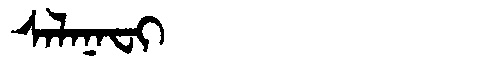
Manchu: ᠰᠠᠯᠠᠨᠠᠸᡳ
Romanization: SALANAFI